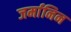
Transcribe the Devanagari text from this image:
जर्मानिन